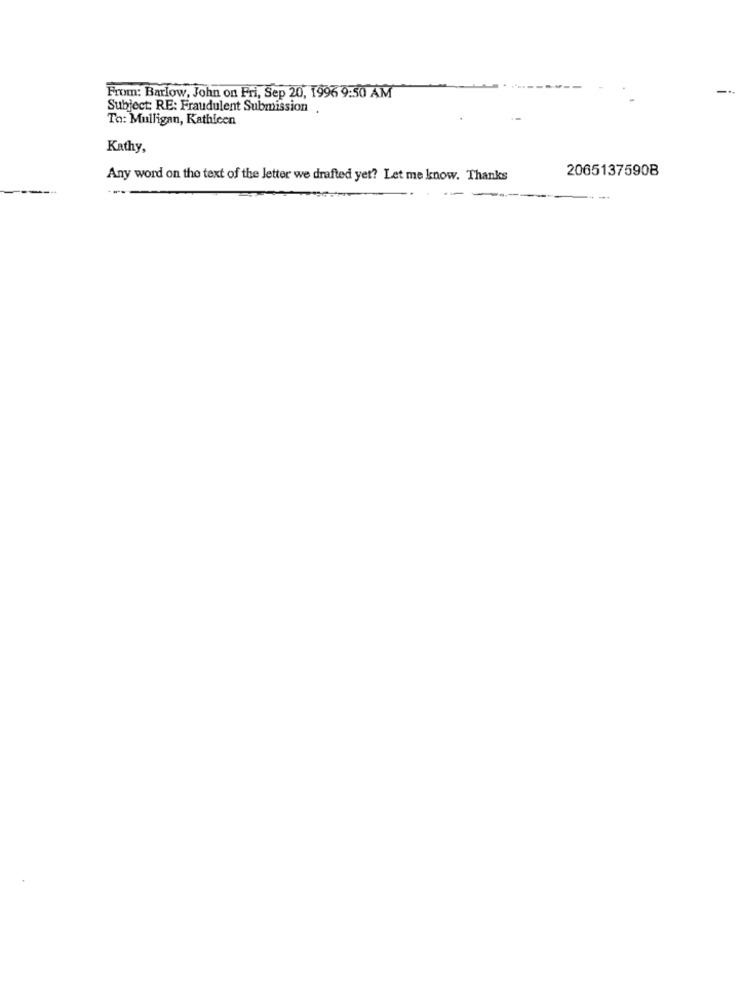
From: Barlow, John on Fri, Sep 20, 1996 9:50 AM
Subject: RE: Fraudulent Submission .
To: Mulligan, Kathleen
Kathy,
20651375908
Any word on the text of the letter we drafted yet? Let me know. Thanks